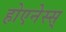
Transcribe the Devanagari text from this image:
होएनेस्स्